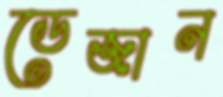
ডেজান